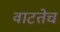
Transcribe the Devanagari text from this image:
वाटतेच